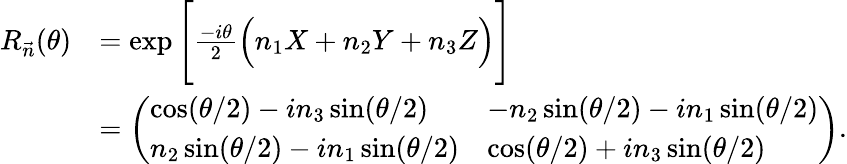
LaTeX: \begin{array}{rl}{R_{\vec{n}}(\theta)}&{=\exp\Bigg[\frac{-i\theta}{2}\Big(n_{1}X+n_{2}Y+n_{3}Z\Big)\Bigg]}\\ &{=\left(\begin{array}{ll}{\cos(\theta/2)-in_{3}\sin(\theta/2)}&{-n_{2}\sin(\theta/2)-in_{1}\sin(\theta/2)}\\ {n_{2}\sin(\theta/2)-in_{1}\sin(\theta/2)}&{\cos(\theta/2)+in_{3}\sin(\theta/2)}\end{array}\right).}\end{array}